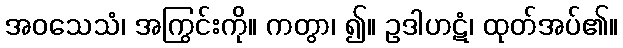
အဝသေသံ၊ အကြွင်းကို။ ကတွာ၊ ၍။ ဥဒါဟဋံ၊ ထုတ်အပ်၏။